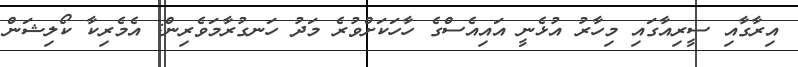
އިރާގާއި ސީރިއާގައި މިހާރު އުޅެނީ އައިއެސްގެ ހާހަކަށްވުރެ މަދު ހަނގުރާމަވެރިން: އެމެރިކާ ކޯލިޝަން